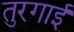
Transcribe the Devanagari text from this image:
तुरगाई